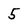
Character: 5